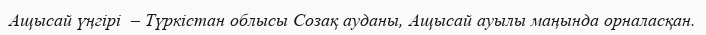
Ащысай үңгірі  – Түркістан облысы Созақ ауданы, Ащысай ауылы маңында орналасқан.